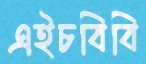
এইচবিবি